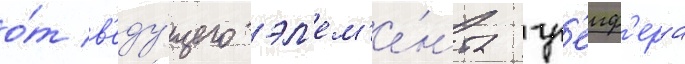
о́т в'еду́щего эл'ем'е́нта гр'еиф'ера